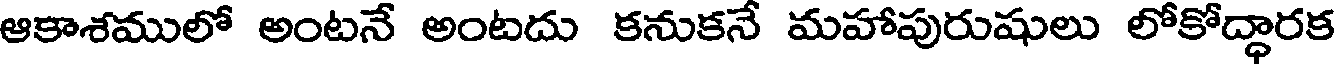
ఆకాశములో అంటనే అంటదు కనుకనే మహాపురుషులు లోకోద్ధారక